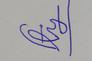
Signature authenticity: forged